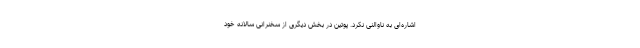
اشاره‌ای به ناوالنی نکرد. پوتین در بخش دیگری از سخنرانی سالانه خود